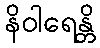
နိဝါရေန္တိ